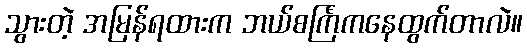
သွားတဲ့ အမြန်ရထားက ဘယ်စင်္ကြံကနေထွက်တာလဲ။